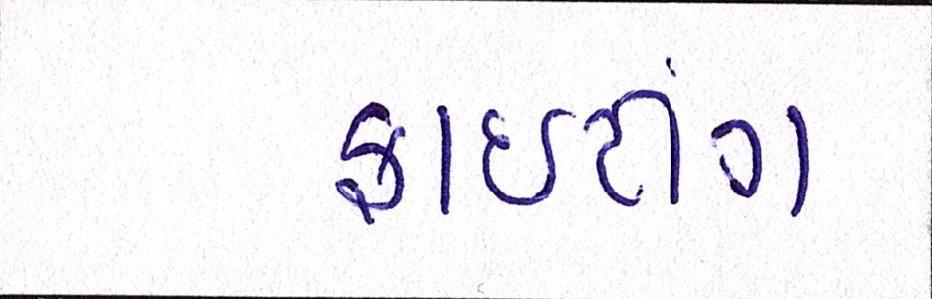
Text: ફાઈટીંગ